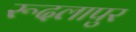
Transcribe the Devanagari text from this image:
रूदलापुर